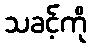
သခင့်ကို